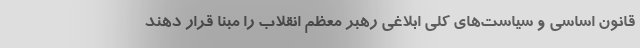
قانون اساسی و سیاست‌های کلی ابلاغی رهبر معظم انقلاب را مبنا قرار دهند